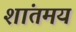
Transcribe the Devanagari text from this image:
शांतमय